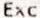
EXC